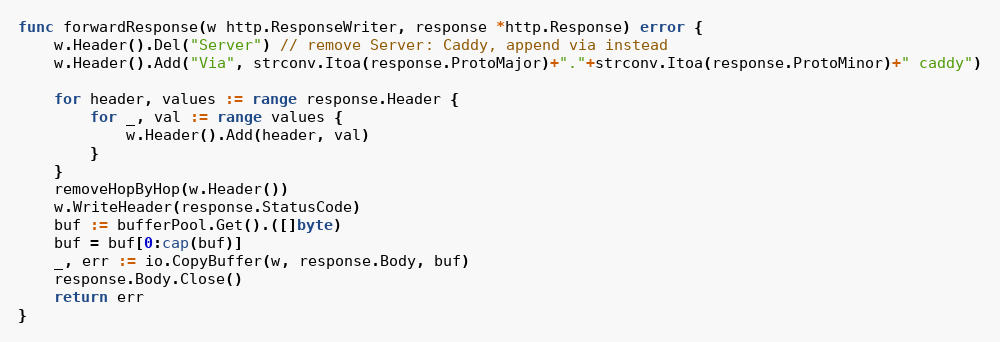
Language: Go
func forwardResponse(w http.ResponseWriter, response *http.Response) error {
	w.Header().Del("Server") // remove Server: Caddy, append via instead
	w.Header().Add("Via", strconv.Itoa(response.ProtoMajor)+"."+strconv.Itoa(response.ProtoMinor)+" caddy")

	for header, values := range response.Header {
		for _, val := range values {
			w.Header().Add(header, val)
		}
	}
	removeHopByHop(w.Header())
	w.WriteHeader(response.StatusCode)
	buf := bufferPool.Get().([]byte)
	buf = buf[0:cap(buf)]
	_, err := io.CopyBuffer(w, response.Body, buf)
	response.Body.Close()
	return err
}